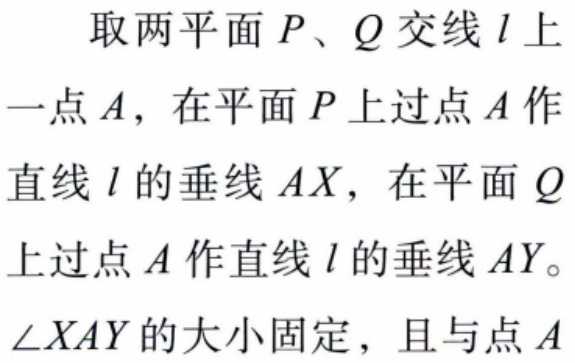
取两平面 \(P、Q\) 交线 \(l\) 上
一点 \(A\)，在平面 \(P\) 上过点 \(A\) 作
直线 \(l\) 的垂线 \(AX\)，在平面 \(Q\)
上过点 \(A\) 作直线 \(l\) 的垂线 \(AY\)。
\(\angle XAY\) 的大小固定，且与点 \(A\)